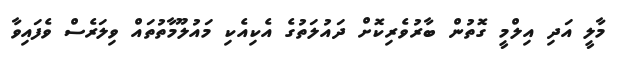
މާލީ އަދި އިލްމީ ގޮތުން ބާރުވެރިކޮށް ދައުލަތުގެ އެކިއެކި މައުލޫމާތުތައް ވިލަރެސް ވެފައިވާ